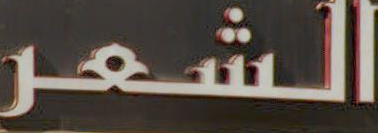
الشعر